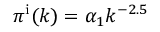
\pi ^ { \mathrm { i } } ( k ) = \alpha _ { 1 } k ^ { - 2 . 5 }